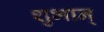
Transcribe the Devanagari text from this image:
शुभान्